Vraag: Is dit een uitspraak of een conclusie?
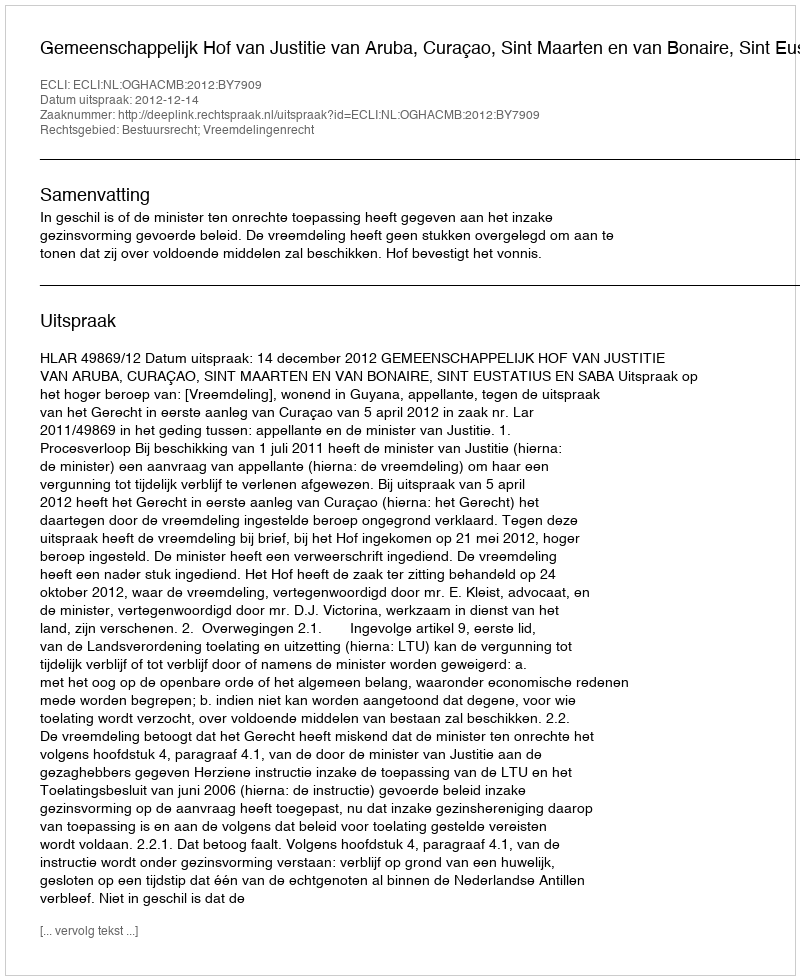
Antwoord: Uitspraak